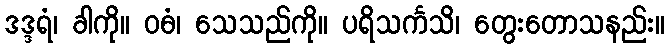
ဒဒ္ဒရံ၊ ခါကို။ ဝဓံ၊ သေသည်ကို။ ပရိသင်္ကသိ၊ တွေးတောသနည်း။